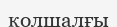
қолшалғы